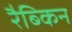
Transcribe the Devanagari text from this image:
रैब्किन